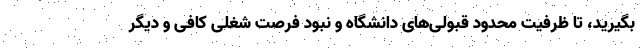
بگیرید، تا ظرفیت محدود قبولی‌های دانشگاه و نبود فرصت شغلی کافی و دیگر